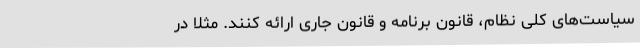
سیاست‌های کلی نظام، قانون برنامه و قانون جاری ارائه کنند. مثلا در